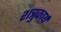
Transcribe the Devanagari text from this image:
शत्रुकार्य